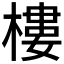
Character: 樓